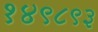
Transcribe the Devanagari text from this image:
१४९८९३